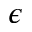
\epsilon